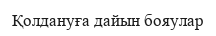
Қолдануға дайын бояулар